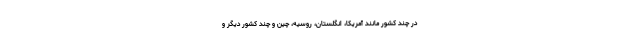
در چند کشور مانند آمریکا، انگلستان، روسیه، چین و چند کشور دیگر و